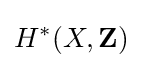
H^{*}(X,\mathbf {Z} )